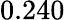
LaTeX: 0.240